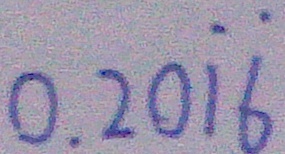
0 . 2 0 \dot { 1 } \dot { 6 }